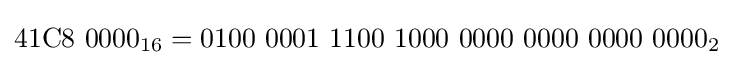
{\text{41C8 0000}}_{16}=0100\ 0001\ 1100\ 1000\ 0000\ 0000\ 0000\ 0000_{2}